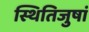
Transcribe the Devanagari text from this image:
स्थितिजुषां